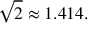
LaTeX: { \sqrt { 2 } } \approx 1 . 4 1 4 .